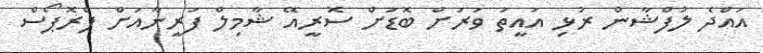
އައްދެ ލުފްޝާން ރުޅި އައީތަ ވަރަށް ބޮޑަށް ސޮރީއޭ ޝާމިލް ފަރީނާއަށް ޕްރޮޕޯސް